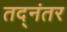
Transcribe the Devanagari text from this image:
तद्‌नंतर